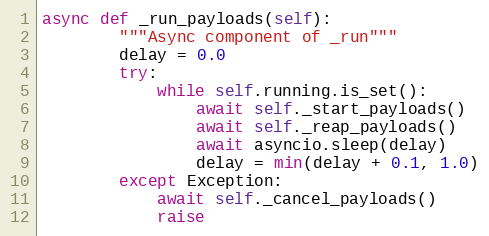
Language: Python
async def _run_payloads(self):
        """Async component of _run"""
        delay = 0.0
        try:
            while self.running.is_set():
                await self._start_payloads()
                await self._reap_payloads()
                await asyncio.sleep(delay)
                delay = min(delay + 0.1, 1.0)
        except Exception:
            await self._cancel_payloads()
            raise